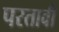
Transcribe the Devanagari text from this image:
परतावी